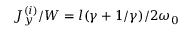
J _ { y } ^ { ( i ) } / W = l ( \gamma + 1 / \gamma ) / 2 \omega _ { 0 }